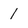
Character: 1